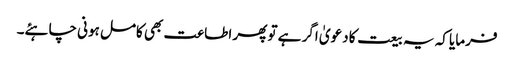
فرمایا کہ یہ بیعت کا دعویٰ اگر ہے تو پھر اطاعت بھی کامل ہونی چاہئے۔